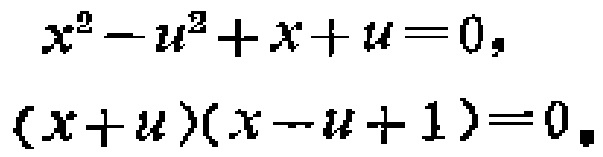
\[
\begin{align*}
x^{2}-u^{2}+x + u&=0,\\
(x + u)(x - u + 1)&=0.
\end{align*}
\]